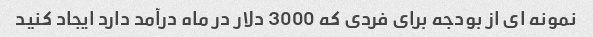
نمونه ای از بودجه برای فردی که 3000 دلار در ماه درآمد دارد ایجاد کنید